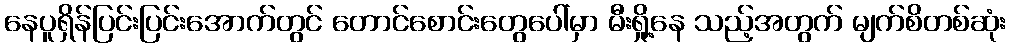
နေပူရှိန်ပြင်းပြင်းအောက်တွင် တောင်စောင်းတွေပေါ်မှာ မီးရှို့နေ သည့်အတွက် မျက်စိတစ်ဆုံး